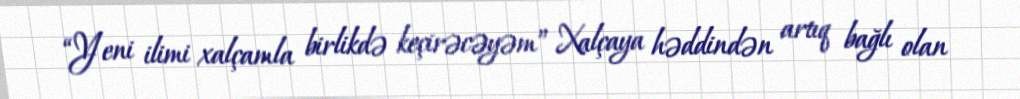
“Yeni ilimi xalçamla birlikdə keçirəcəyəm” Xalçaya həddindən artıq bağlı olan